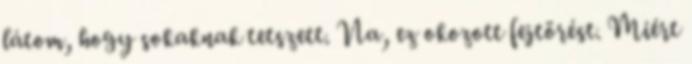
látom, hogy sokaknak tetszett. Na, ez okozott fejtörést. Miért